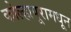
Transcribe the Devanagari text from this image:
कोल्हापूरामधून